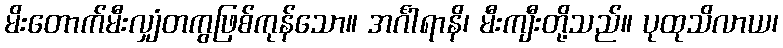
မိးတောက်မီးလျှံတကွဖြစ်ကုန်သော။ အင်္ဂါရာနိ၊ မီးကျီးတို့သည်။ ပုထုသိလာယ၊